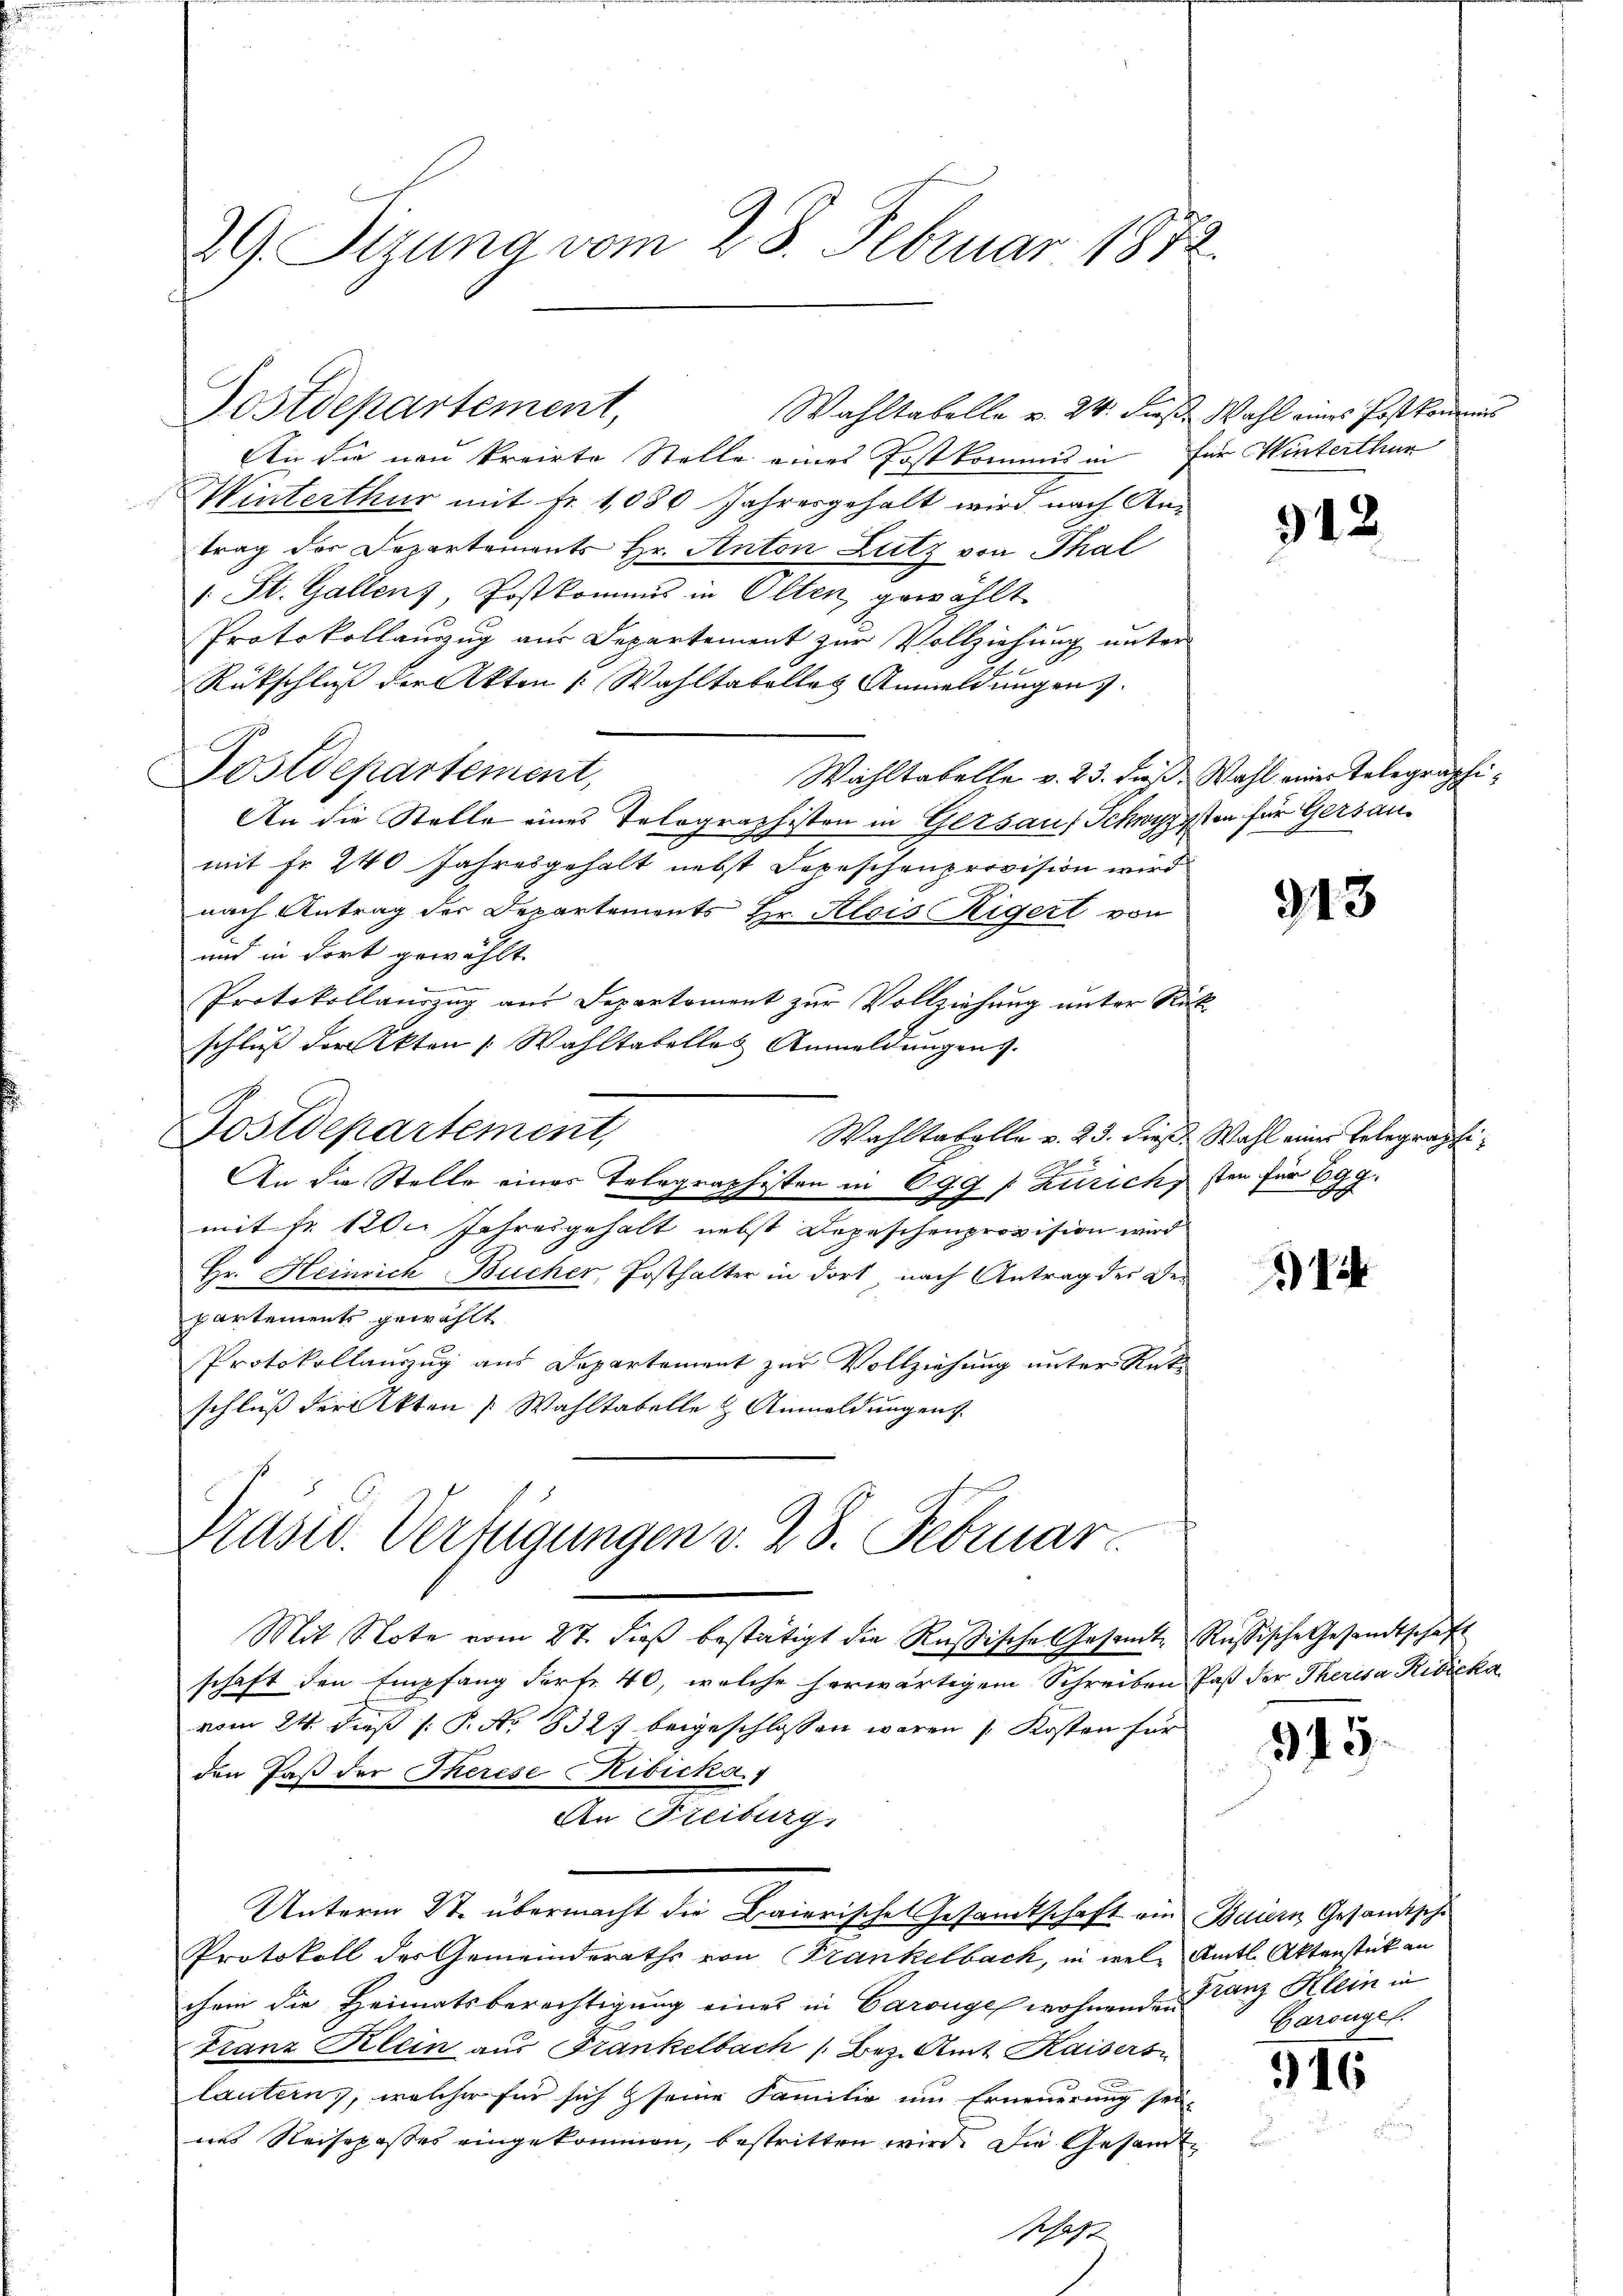
29. Sizung vom 28. Februar 1872.

Postdepartement,

An die neu kreirte Stelle eines Postkommis in für Winterthur
Winterthur mit fr. 1080 Jahresgehalt wird nach Antrag der Departements Hr. Anton Lutz von Thal
1 St. Gallen), Postkommis in Olten, gewählt
Protokollauszug aus Departement zur Vollziehung unter
Rückschluß der Akten Wahltatelles Anmeldungen.
Postdepartement,
Wahltabelle v. 23. daß Wahl einer Telegraphi¬
An die Stelle eines Telographisten in Getsauf Schwyppten für Gersaumit fr. 240 Jahresgehalt nebst Depeschenprovision wird
nach Antrag der Departements Hr. Alois Rigert von
und in dort gewählt.
Protokollauszug aus Departoment zur Vollziehung unter Rükschluß der Akten Wahltabelles Anmeldungens.
Postdepartement,
Wahltabelle v. 23. dieß. Wahl einer Telegraphe
An die Stelle eines Telegraphisten in 699 / Zürich, sten für Egg.
mit fr. 120. Jahresgehalt nebst Depeschenprovision wird
Hr. Heinrich-Bucher, Posthalter in dort nach Antrag des De-
partements gewählt
Protokollauszug aus Departement zur Vollziehung unter Rat
schluß der Akten Wahltabelle & Anmeldungen

Prast. Verfügungen v. 28. Februar

Mit Note vom 27. dieß bestätigt die Rußische Gesamte Russische Gesandtschaft
schaft den Empfang darf. 40, welche herwärtigem Schreiben Past der Theresa Rivieka
vom 24. dieß (: P. No 8327 beigeschlossen waren Kosten für
den Paß der Therese Ribicka
An Freiburg,
Protokoll der Gemeinderaths von Frankelbach, in wel- Amtl. Aktenstück an
chein die Heimatsberechtigung eines in Caronges wohnenden Franz Klein in
Franz Klein aus Frankelbach (Bez. Amt Kaisers
lautern, welcher für sich seine Familie um Erneuerung sei-
nes Reisepasses eingekommen, bestritten wird. Die Gesamt
Past

Unterm St. übermacht die Baierische Gesamtschaft am Baiern Gesandtsche

Wahltabelle v. 24. diese Wahl eines Postkommis

312

913

14

345.

Garsügel.

516